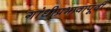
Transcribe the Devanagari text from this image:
गांधीप्रभावापूर्वी